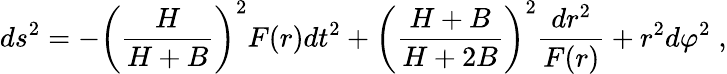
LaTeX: ds^{2}=-\left(\frac{H}{H+B}\right)^{2}F(r)dt^{2}+\left(\frac{H+B}{H+2B}\right)^{2}\frac{dr^{2}}{F(r)}+r^{2}d\varphi^{2}\; ,